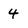
Character: 4